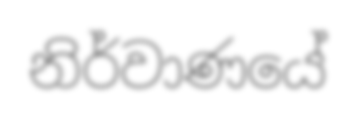
නිර්වාණයේ